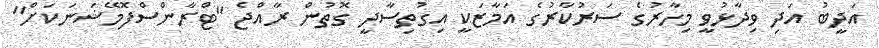
އަދީބު އަދި ވިދާޅުވީ މިހާރުގެ ސަރުކާރުގެ އަމާޒަކީ އިގުތިސާދީ ގޮތުން ރާއްޖެ "ޓްރާންސްފޮމޭޝަނަކަށް"